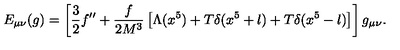
E _ { \mu \nu } ( g ) = \left[ \frac { 3 } { 2 } f ^ { \prime \prime } + \frac { f } { 2 M ^ { 3 } } \left[ \Lambda ( x ^ { 5 } ) + T \delta ( x ^ { 5 } + l ) + T \delta ( x ^ { 5 } - l ) \right] \right] g _ { \mu \nu } .